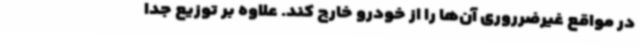
در مواقع غیرضرروری آن‌ها را از خودرو خارج کند. علاوه بر توزیع جدا